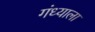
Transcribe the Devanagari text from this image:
गंध्याला